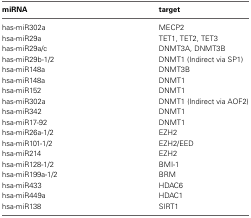
<table><thead><tr><td><b>miRNA</b></td><td><b>target</b></td></tr></thead><tbody><tr><td>has-miR302a</td><td>MECP2</td></tr><tr><td>hsa-miR29a</td><td>TET1, TET2, TET3</td></tr><tr><td>has-miR29a/c</td><td>DNMT3A, DNMT3B</td></tr><tr><td>has-miR29b-1/2</td><td>DNMT1 (Indirect via SP1)</td></tr><tr><td>hsa-miR148a</td><td>DNMT3B</td></tr><tr><td>hsa-miR148a</td><td>DNMT1</td></tr><tr><td>hsa-miR152</td><td>DNMT1</td></tr><tr><td>has-miR302a</td><td>DNMT1 (Indirect via AOF2)</td></tr><tr><td>hsa-miR342</td><td>DNMT1</td></tr><tr><td>hsa-miR17-92</td><td>DNMT1</td></tr><tr><td>hsa-miR26a-1/2</td><td>EZH2</td></tr><tr><td>hsa-miR101-1/2</td><td>EZH2/EED</td></tr><tr><td>hsa-miR214</td><td>EZH2</td></tr><tr><td>hsa-miR128-1/2</td><td>BMI-1</td></tr><tr><td>hsa-miR199a-1/2</td><td>BRM</td></tr><tr><td>hsa-miR433</td><td>HDAC6</td></tr><tr><td>hsa-miR449a</td><td>HDAC1</td></tr><tr><td>hsa-miR138</td><td>SIRT1</td></tr></tbody></table>